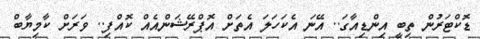
ޑޮކްޓަރުން ތިބީ އިންޑިއާގަ.. އޭނަ އެކަހަލަ އެތަށް އޮޕްރޭޝަންއެއް ކޮއްފި.. ވަރަށް ކާމިޔާބް